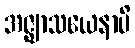
အဇ္ဈာသယေနာပိ